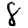
Digit: 8